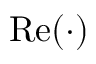
\operatorname { R e } ( \cdot )